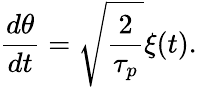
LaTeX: \frac{d\theta}{dt}=\sqrt{\frac{2}{\tau_{p}}}\xi(t).